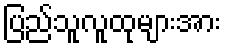
ပြည်သူလူထုများအား